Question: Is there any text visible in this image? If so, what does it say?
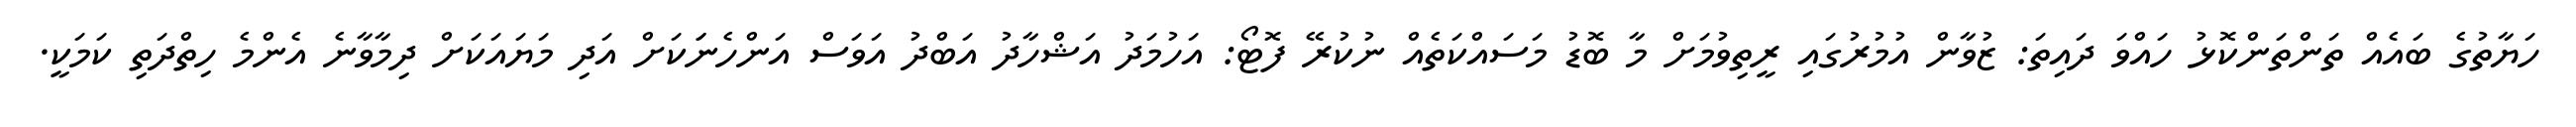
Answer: ހަޔާތުގެ ބައެއް ތަންތަންކޮޅު ހައްވަ ދައިތަ: ޒުވާން އުމުރުގައި ރީތިވުމަށް މާ ބޮޑު މަސައްކަތެއް ނުކުރޭ ފޮޓޯ: އަހުމަދު އަޝްހާދު އަބްދު އަވަސް އަންހެނަަކަށް އަދި މަޔައަކަށް ދިމާވާނެ އެންމެ ހިތްދަތި ކަމަކީ.